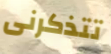
تتذكرنى